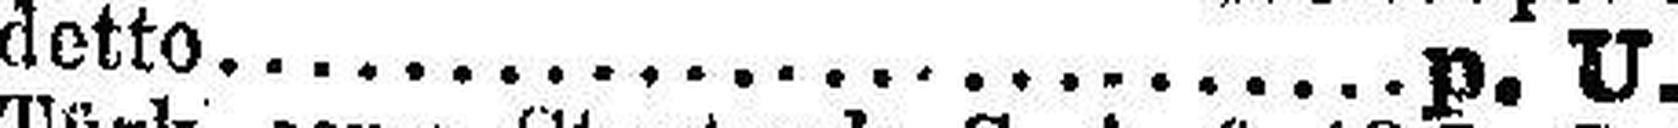
detto p. U.